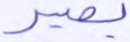
بصير